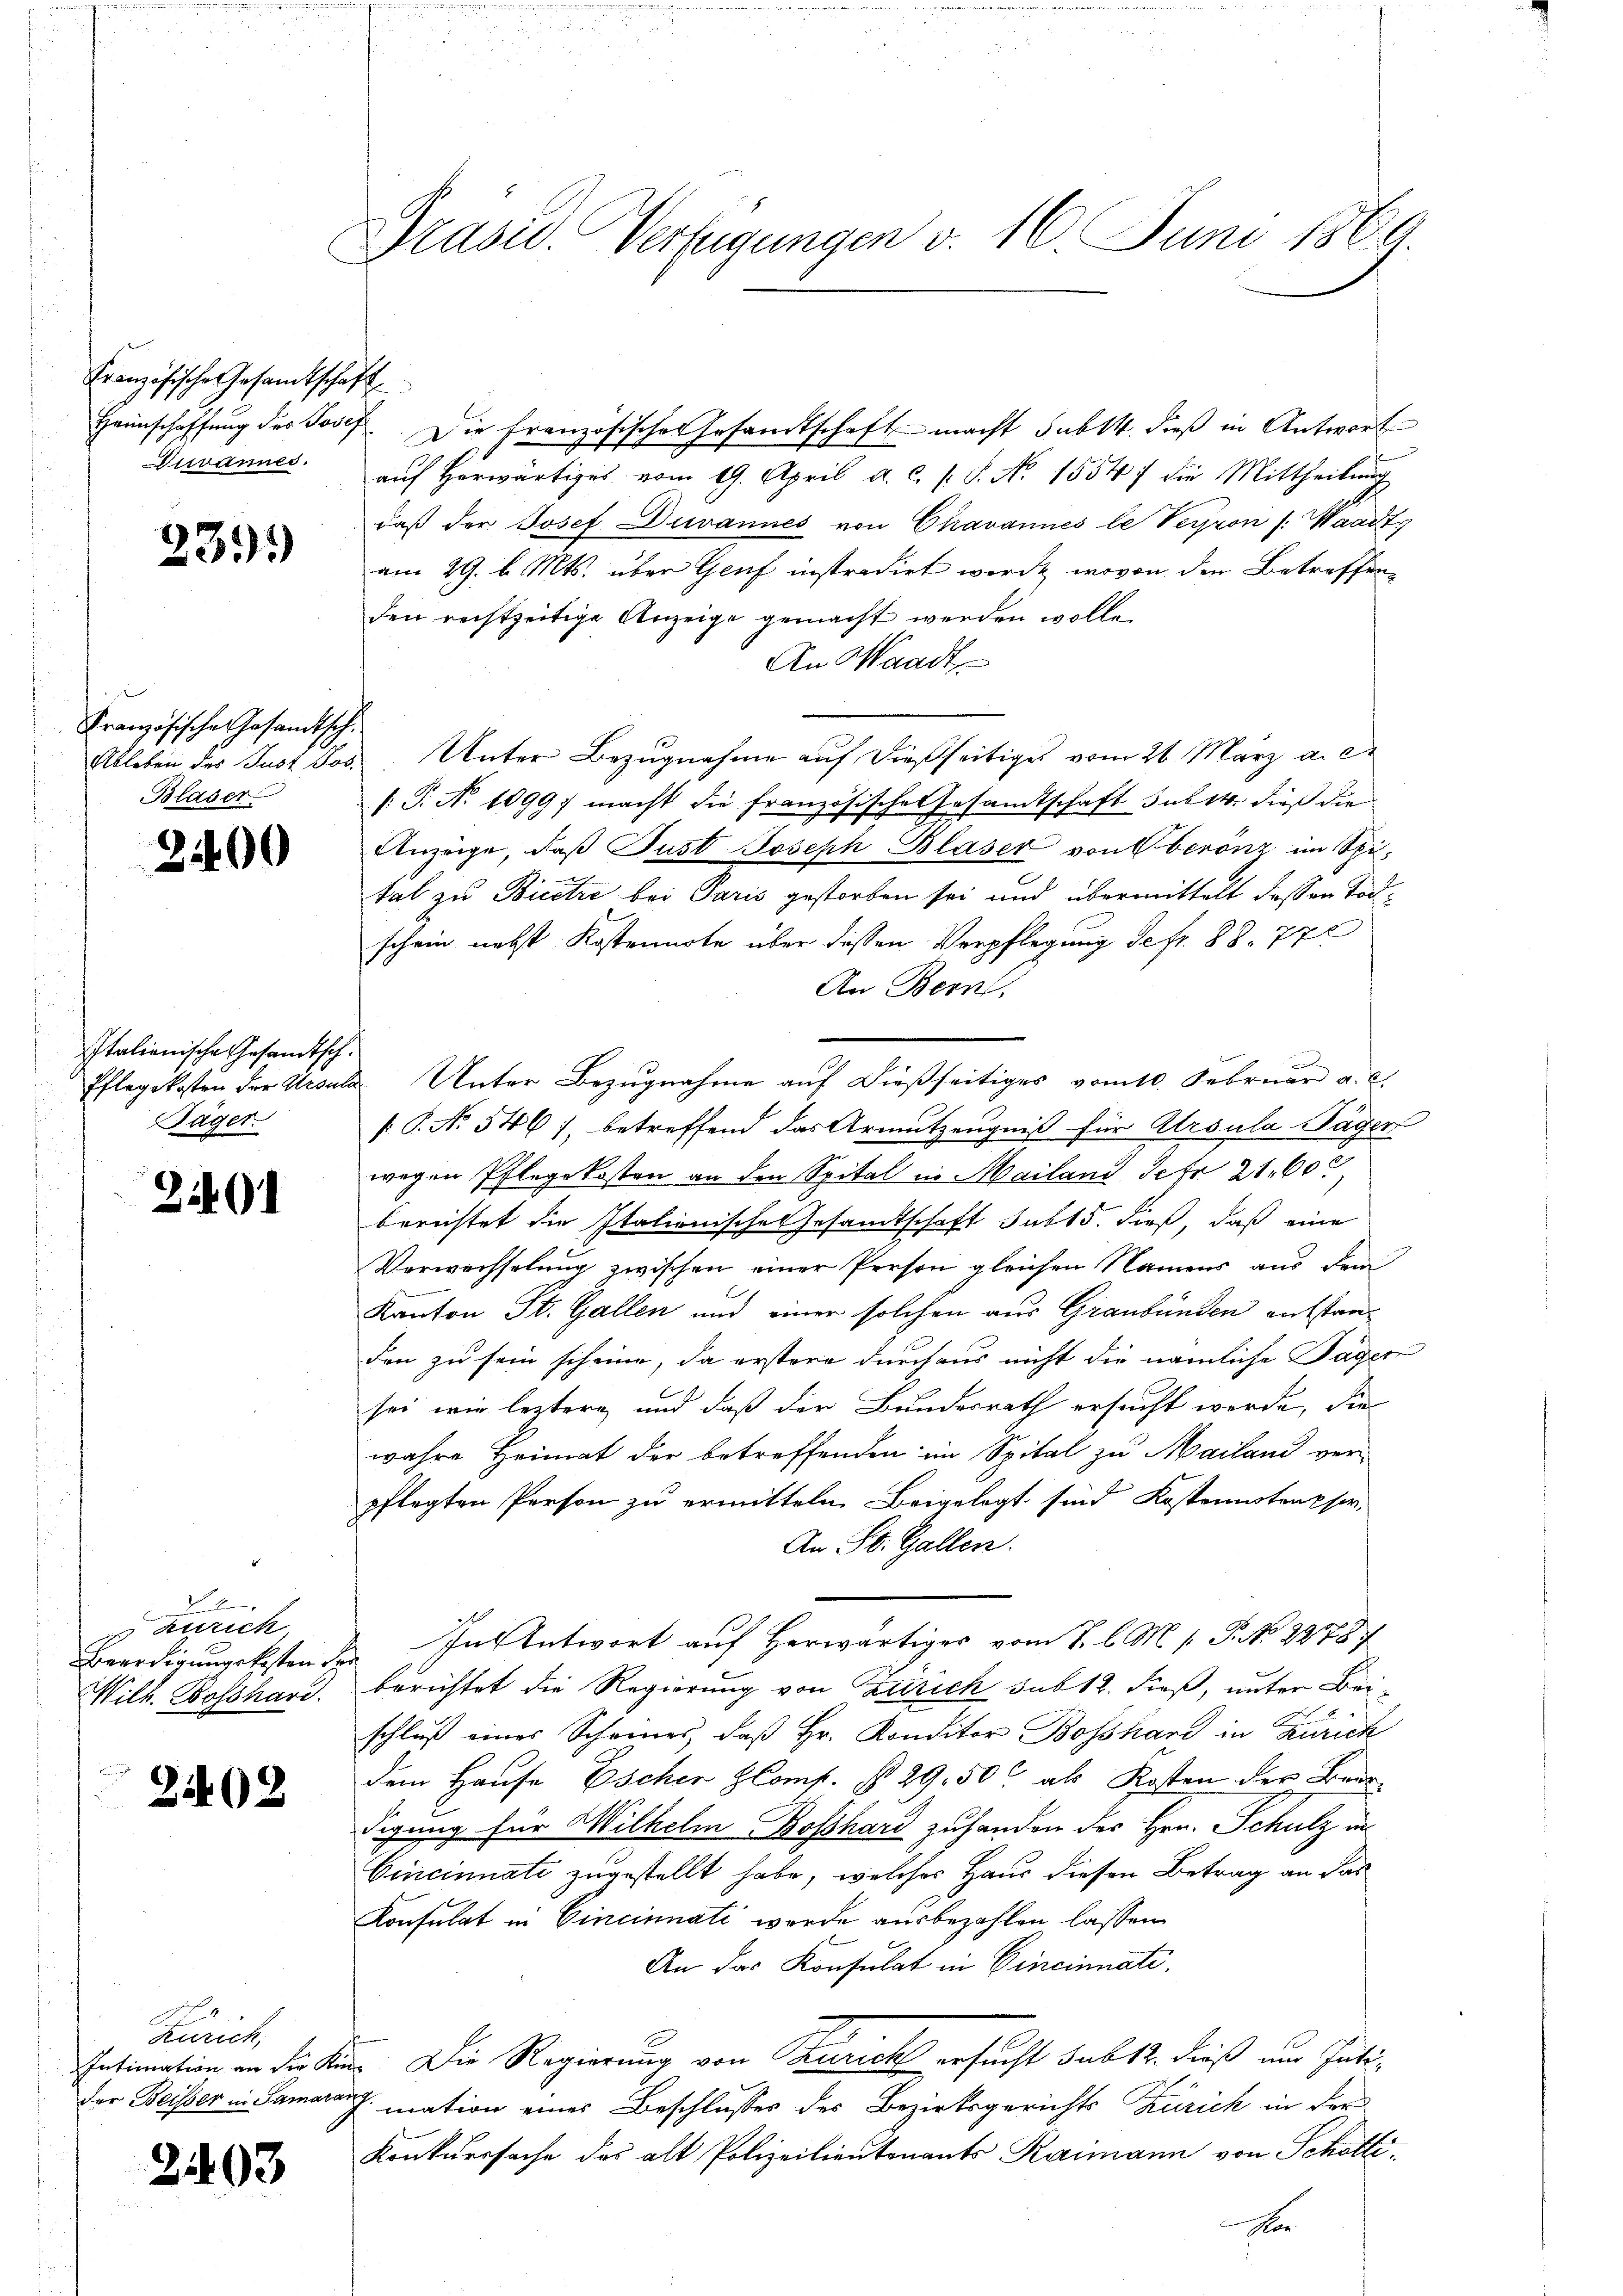
Französische Gesamtschaft

239)

e
Französische Gesamtsch¬
Ableben des Just Jos.
Blaser

2400

Italianische Gesandtsch¬
Pflegekosten der Ursula
Jäger

2401

d
Zürich,
Beerdigungskosten de
Wilh. Bosshard.

2402

Zürich,
Intimation an die Kin
der Beisser in Samarai

2403

Präsid. Verfügungen v. 16. Juni 1869

Heimschaffŭng des Josef. Die französisches Gesandtschaft macht sub 14. dieß in Antwort
Wuvannes. aŭf herwärtiges vom 19. April a. c. s. S. No 1554) die Mittheilung
daß der Josef Duvannes von Chavannes le Perron /: Waadt,
am 29. v. Mts. über Genf instradirt werde, wovon den Betreffen
den rechtzeitige Anzeige gemacht werden wolle.
An Waadt
Unter Bezugnahme auf dießseitiges vom 21. März a. et
/: P. N. 1099; macht die französisches Gesandtschaft sub 14. dieß die
Anzeige, daβ Pust Joseph Blaser von berenz im Spital zu Bietri bei Paris gestorben sei und übermittelt dessen Todschein nebst Kostennote über dessen Verpflegung defr. 88. 772
An Bern,
& Unter Bezugnahme auf dießseitiges vom 10. Februar a. c.
[ P. No 546), betreffend das Armutzeugniß für Ursula Täger
wegen Pflegekosten an den Spital in Mailand Jefr 21. 600
berichtet die Italienische Gesandtschaft sub 15. dieß, daß eine
Verwechselung zwischen einer Person gleichen Namens aus dem
Kanton St. Gallen und einer solchen aus Graubünden aufstanden zu sein scheine, da erstere durchaus nicht die nämliche Tagen
sei wie leztere und daß der Bundesrath ersucht werde, die
wahre Heimat der betreffenden im Spital zu Mailand ver-
pflegten Person zu ermitteln Beigelegt sind Kostennoteneser,
An St. Gallen.
In Antwort auf Herwärtiges vom 2. l. M. v. P. No 228
berichtet die Regierung von Zürich sub 12. dieß, unter Beischluß eines Scheines, daß Hr. Konditor Bosshand in Zürich
dem Hause Escher Comp. § 29. 50 als Kosten der Brundigung für Wilhelm Boßhard zuhanden des Hrn. Schulz in
Cincinnati zugestellt habe, welches Haus diesen Betrag an das
Konsulat in Cincinnati werde ausbezahlen lassen
An das Konsulat in Cincinati¬
 Die Regierung von Turich ersucht sub 12. dieß nur Inti¬
I. mation eines Beschlusses des Bezirksgerichts Zürich in der
Konkurssache des alt Polizeilientenants Kaimann von Schöttie